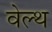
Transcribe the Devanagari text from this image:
वेल्‍थ